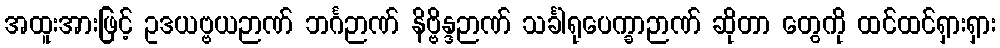
အထူးအားဖြင့် ဥဒယဗ္ဗယဉာဏ် ဘင်္ဂဉာဏ် နိဗ္ဗိန္ဒဉာဏ် သင်္ခါရုပေက္ခာဉာဏ် ဆိုတာ တွေကို ထင်ထင်ရှားရှား